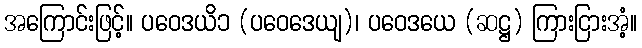
အကြောင်းဖြင့်။ ပဝေဒယိ၁ (ပဝေဒေယျ)၊ ပဝေဒယေ (ဆဋ္ဌ) ကြားငြားအံ့။